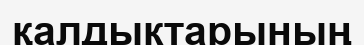
қалдыктарының